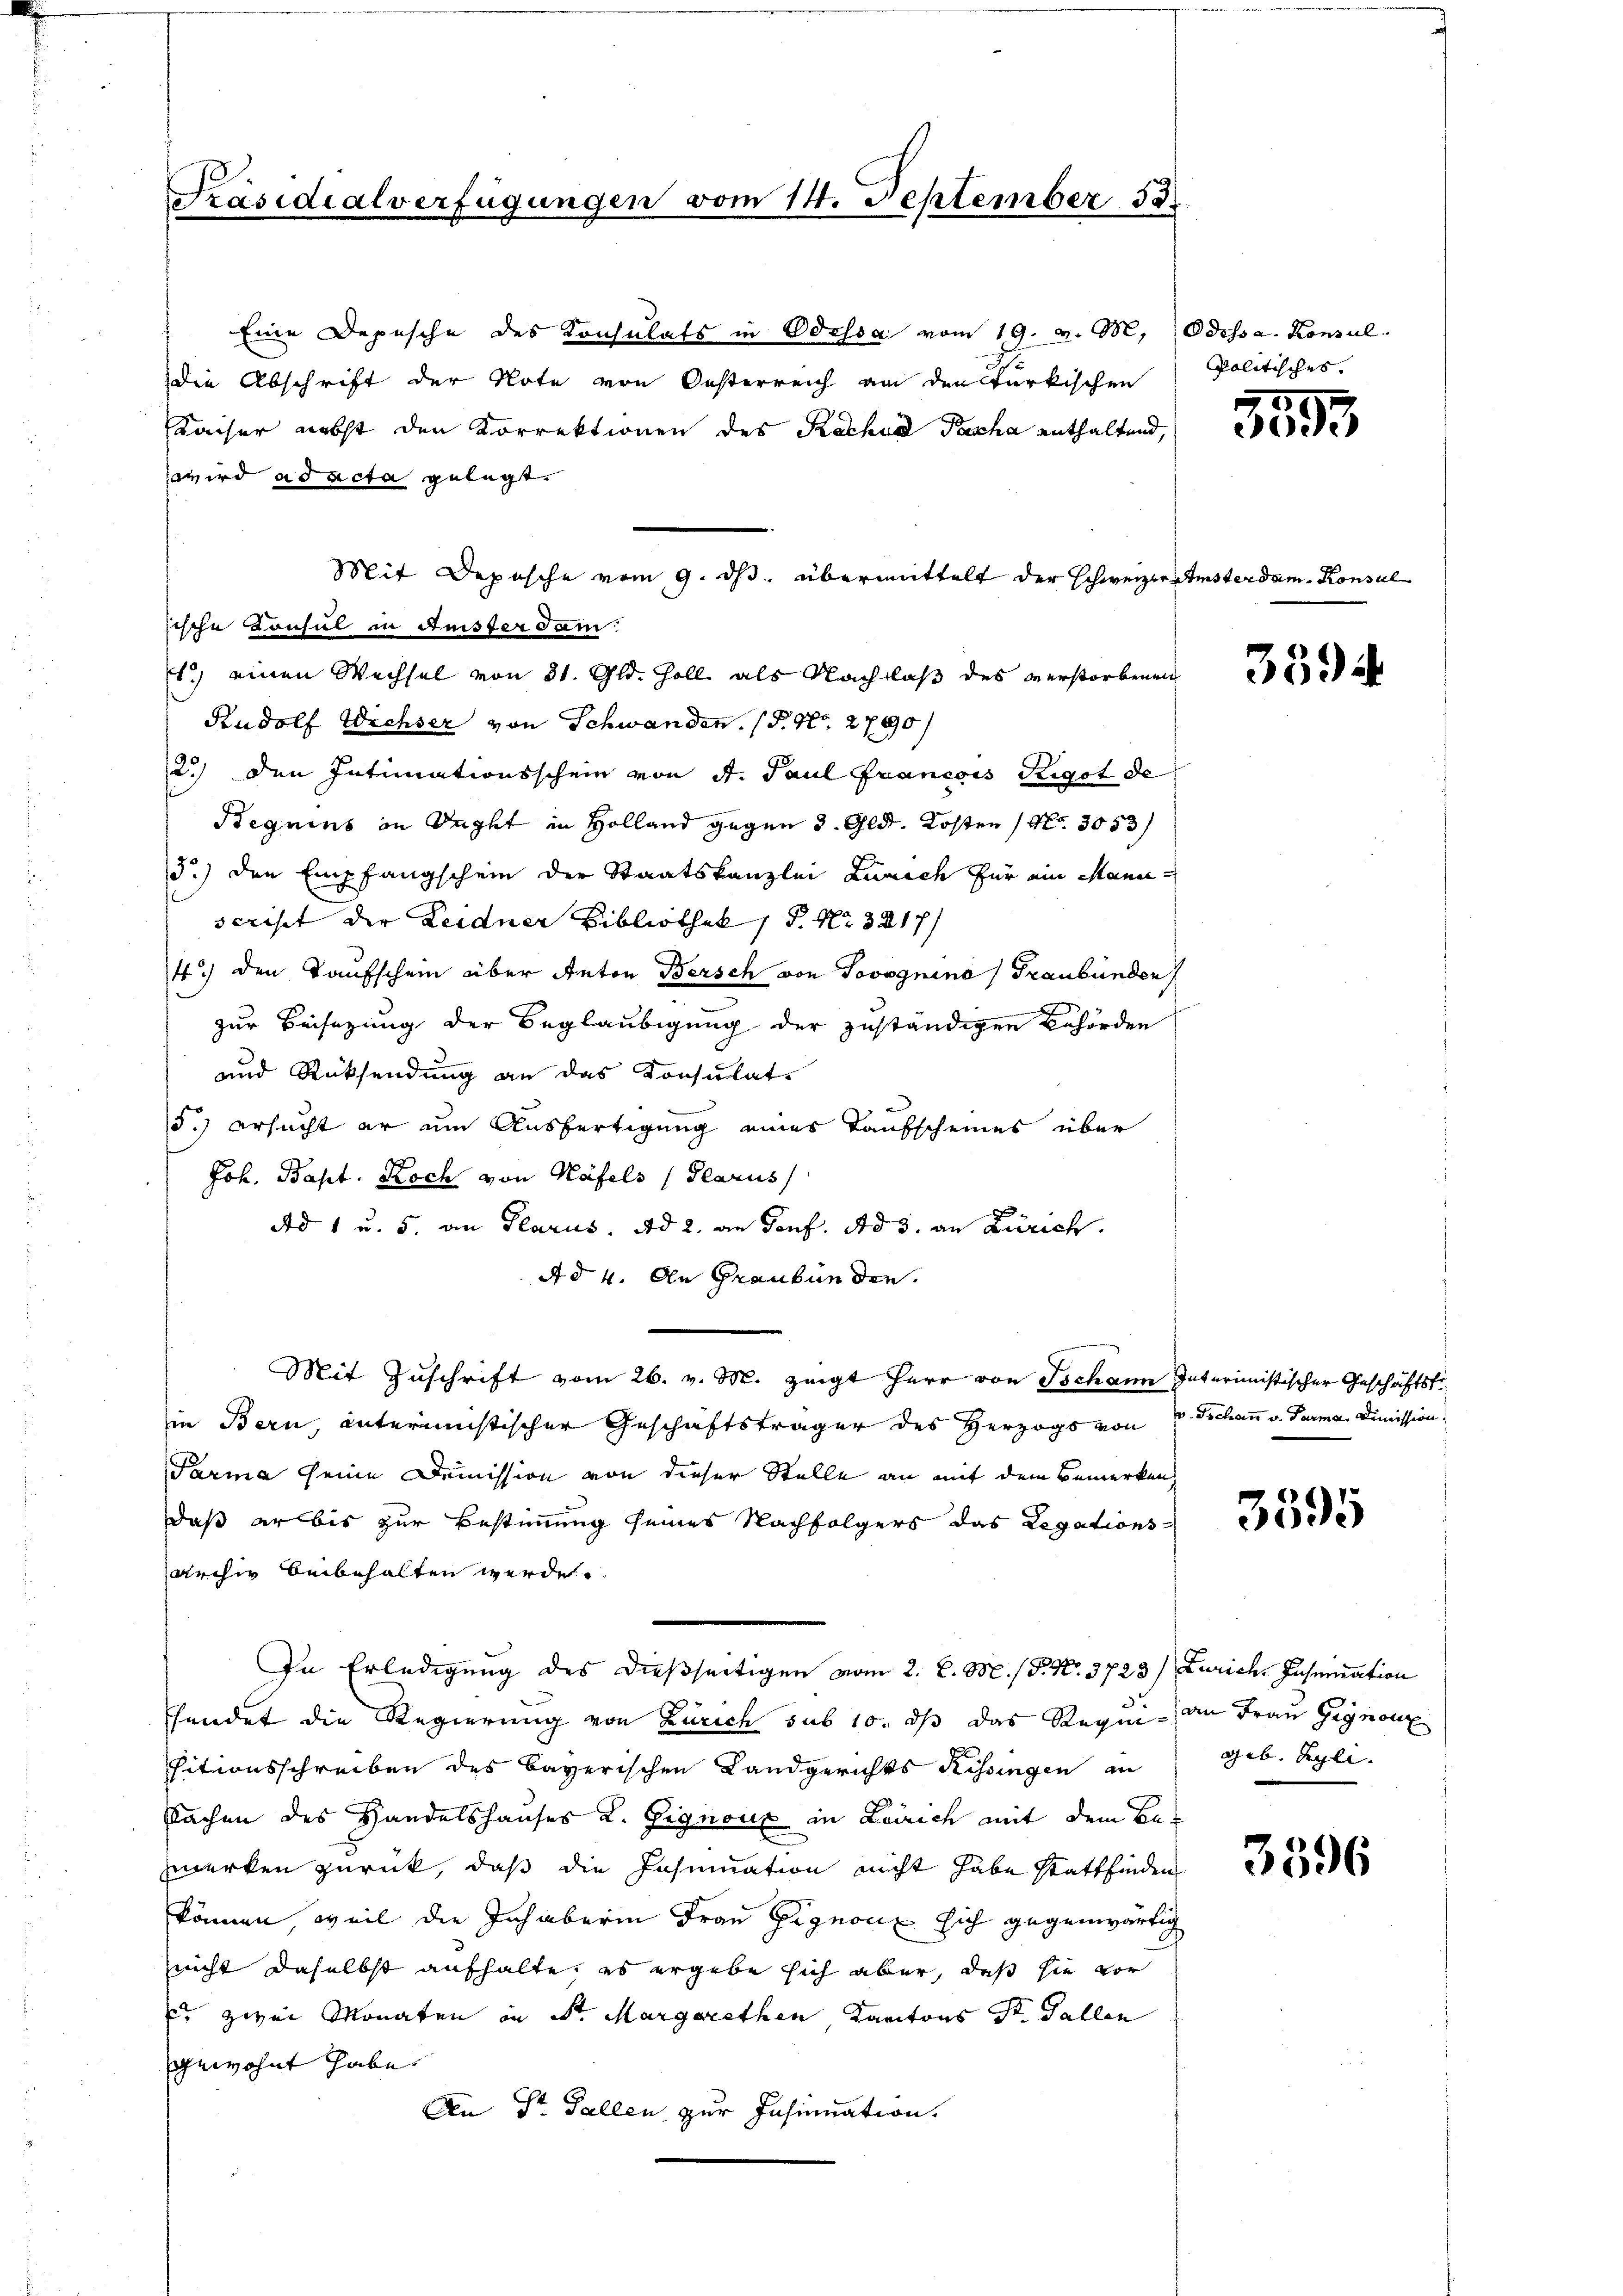
Präsidialverfügungen vom 14. September 53.

Eine Depesche des Konsulats in Odessa vom 19. v. M. (Odossa. Konsul
Die Abschrift der Note von Oesterreich an den türkischen
Kaiser nebst den Korrektionen des Kathard Pascha enthaltend,
wird ad acta gelegt.
Es.) einen Wechsel von 31. Gld. Zoll als Nachlaß des verstorbenen
Rudolf Wichser von Schwanden. (T. No. 2790/
2) den Intimationsschein von St. Paul Francois Rigot de
Beguins in Recht in Holland gegen 3. Gldt. Kosten (No. 3053)
3.) den Empfangschein der Staatskanzlei Lumich für ein Manuserist der Zeidner Bibliothek, P. Nr. 3217/
4) den Taufschein über Anton Bersch von Jovognina (Graubünden
zur Beisezung der Beglaubigung der zuständigen Behörden
und Rücksendung an das Konsulat
5.) ersucht er um Ausfertigung eines Taufscheines über
Joh. Bapt. Koch von Häfels (Glarus
Ad 1 u. 5. an Glarus. Ad 2. an Porf. Ad 3. an Zürich.
Ad 4. An Graubünden.
Mit Zuschrift vom 26. v. M. zeigt Herr von Tschann Interimistischer Geschäftstrin Bern, interimistischer Geschäftsträger des Herzogs von v. Tschau v. Parma Dimission
Tarma seine Demission von dieser Stelle an mit dem Bemerken
daß er bis zur Bestimmung seines Nachfolgers das Legationsarchiv beibehalten werde.
In Erledigung des dießseitigen vom 2. d. M. / 5. No. 3723) Zürich, Jahnination
hendet die Regierung von Zürich sub 10, dß das Requi- an Frau Gignone
sitionsschreiben des Bayerischen Landgerichts Kessingen in
Sachen des Handelshauses L. Fignoux in Laurich mit dem Bewerken zurück, daß die Insinuation nicht habe stattfinden
können, weil die Inhaberin Frau pignon sich gegenwärtig
nicht daselbst aufhalte, es ergebe sich aber, daß sie vor
Er zwei Monaten in Sr. Margarethen Kantons St. Gallen
gewohnt habe.
An Dr. Fallen zur Insinuation.

Mit Depesche vom 9. ds. übermittelt der Schweizerister de
sische Konsul in Anster dam

politisches.

3593

em Konsul

3594

3595

geb. Egli.

3596